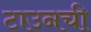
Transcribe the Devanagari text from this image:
टाउनची